Report on sanitation, dispensaries, and jails in Rajputana for 1917, and on vaccination for the year 1917-1918 - 1917-1918
Year: 1917
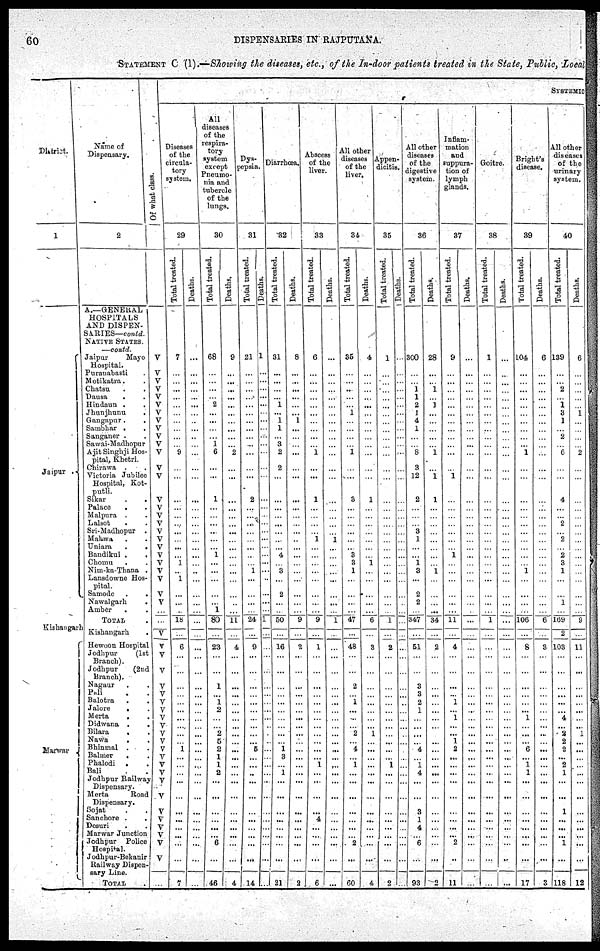
60
DISPENSARIES IN RAJPUTANA.
STATEMENT C (1).—Showing the diseases, etc., of the In-door patients treated in the State, Public, Local
District.
1
Jaipur .
Kishangarh
Marwar
Name of
Dispensary.
2
A.—GENERAL
HOSPITALS
AND DISPEN-
SARIES— contd.
NATIVE STATES
—contd
Jaipur
Mayo
Hospital.
Puranabasti .
Motikatra. .
Chatsu . .
Dausa . .
Hindaun . .
Jhunjhunu .
Gangnpur. .
Sambhar . .
Sanganer . .
Sawai-Madhopur
Ajit Singhji Hos-
pital, Khetri.
Chirawfa . .
Victoria Jubilee
Hospital, Kot¬
putli.
Sikar
. .
Palace . .
Malpura . .
Lalsot . .
Sri Madhopur .
Mahwa . .
Uniara
.
.
Bandikui . .
Chomu . .
Nim-ka-Thana .
Lansdowne Hos-
pital.
Samode . .
Nawalgarh .
Amber
. .
TOTAL .
Kishangarh .
Hewoon Hospital
Jodhpur
(1st
Branch).
Jodhpur
(2nd
Branch).
Nagaur . .
Pali
. .
Balotra . .
Jalore
. .
Merta . .
Didwana . .
Bilara . .
Nawa
. .
Bhinmal . .
Balmer . .
Phalodi
. .
Bali . .
Jodhpur Railway
Dispensary.
Merta
Road
Dispensary.
Sojat . .
Sanchore . .
Desuri . .
Merwar Junction
Jodhpur
Police
Hospital.
Jodhpur-Bekanir
Railway Dispen-
sary Line.
TOTAL .
Of what class.
V
V
V
V
V
V
V
V
V
V
V
V
V
V
V
V
V
V
V
V
V
V
V
V
V
V
V
...
...
V
V
V
V
V
V
V
V
V
V
V
V
V
V
V
V
V
V
V
V
V
V
V
V
...
SYSTEMIC
Diseases
of the
circula-
tory
system.
29
Total treated.
7
...
...
...
...
...
...
...
...
...
... 9
...
...
...
...
...
...
...
...
... ...
1
...
1
...
...
...
18
...
6
...
...
...
... ...
...
...
...
...
...
1
...
...
...
...
...
...
...
...
...
...
...
7
Deaths.
...
...
...
...
...
...
...
...
...
...
...
...
...
...
...
...
...
...
...
...
... ...
...
...
...
...
...
...
...
...
...
...
...
...
... ...
...
...
...
...
...
...
...
...
...
...
...
...
...
...
...
...
...
...
All
diseases
of the
respira¬
tory
system
except
Pneumo¬
nia and
tubercle
of the
lungs.
30
Total treated.
68
...
...
...
...
2
...
...
...
...
1
6
...
...
1
...
...
...
...
...
... 1
...
...
...
...
...
1
80
...
23
...
...
1
... 1
2
...
...
2
5
2
1
1
2
...
...
...
...
...
...
6
...
46
Deaths.
9
...
...
...
...
...
...
...
...
...
... 2
...
...
...
...
...
...
...
...
... ...
...
...
...
...
...
...
11
...
4
...
...
...
... ...
...
...
...
...
...
...
...
...
...
...
...
...
...
...
...
...
...
4
Dys¬
pepsia.
31
Total treated.
21
...
...
...
...
...
...
...
...
...
...
...
...
...
2
...
...
...
...
...
... ...
... 1
...
...
...
...
24
...
9
...
...
...
... ...
...
...
...
...
...
5
...
...
...
...
...
...
...
...
...
...
...
14
Deaths.
1
...
...
...
...
...
...
...
...
...
...
...
...
...
...
...
...
...
...
...
... ...
...
...
...
...
...
...
1
...
...
...
...
...
... ...
...
...
...
...
...
...
...
...
...
...
...
...
...
...
...
...
...
...
Disrrhœa.
32
Total treated.
31
...
...
...
...
1
...
1
1
...
3
2
2
...
...
...
...
...
...
...
... 4
... 3
...
2
...
...
50
...
16
...
...
...
... ...
...
...
...
...
...
1
3
...
1
...
...
...
...
...
...
...
...
21
Deaths.
8
...
...
...
...
...
...
1
...
...
...
...
...
...
...
...
...
...
...
...
... ...
...
...
...
...
...
...
9
...
2
...
...
...
... ...
...
...
...
...
...
...
...
...
...
...
...
...
...
...
...
...
...
2
Abscess
of the
liver.
33
Total treated.
6
...
...
...
...
...
...
...
...
...
... 1
...
...
1
...
...
...
...
1
... ...
...
...
...
...
...
...
9
...
1
...
...
...
... ...
...
...
...
...
...
...
... 1
...
...
...
...
4
...
...
...
...
6
Deaths.
...
...
...
...
...
...
...
...
...
...
...
...
...
...
...
...
...
...
...
1
... ...
...
...
...
...
...
...
1
...
...
...
...
...
... ...
...
...
...
...
...
...
...
...
...
...
...
...
...
...
...
...
...
...
All other
diseases
of the
liver.
34
Total treated.
35
...
...
...
...
... 1
...
...
...
... 1
...
...
3
...
...
...
...
...
... 3
3
1
...
...
...
...
47
...
48
...
...
2
... 1
...
...
...
2
...
4
... 1
...
...
...
...
...
...
...
2
...
60
Deaths.
4
...
...
...
...
...
...
...
...
...
...
...
...
...
1
...
...
...
...
...
... ...
1
...
...
...
...
...
6
...
3
...
...
...
... ...
...
...
...
1
...
...
...
...
...
...
...
...
...
...
...
...
...
4
Appen-
dicitis.
35
Total treated.
1
...
...
...
...
...
...
...
...
...
...
...
...
...
...
...
...
...
...
...
... ...
...
...
...
...
...
...
1
...
2
...
...
...
... ...
...
...
...
...
...
...
... 1
...
...
...
...
...
...
...
...
...
2
Deaths.
...
...
...
...
...
...
...
...
...
...
...
...
...
...
...
...
...
...
...
... ...
...
...
...
...
...
...
...
...
...
...
...
...
... ...
...
...
...
...
...
...
...
...
...
...
...
...
...
...
...
...
...
...
All other
diseases
of the
digestive
system
36
Total treated.
300
...
... 1
1
2
1
4
1
...
... 8
3
12
2
...
...
... 3
1
... ...
1
3
...
2
2
...
347
...
51
...
...
3
3
2
1
...
...
...
...
4
... 1
4
...
...
3
1
4
...
6
...
93
Deaths.
28
...
... 1
...
1
...
...
...
...
... 1
...
1
1
...
...
...
...
...
... ...
...
1
...
...
...
...
34
...
2
...
...
...
... ...
...
...
...
...
...
...
...
...
...
...
...
...
...
...
...
...
...
2
Inflam-
mation
and
suppura-
tion of
lymph
glands.
37
Total treated.
9
...
...
...
...
...
...
...
...
...
...
...
...
1
...
...
...
...
...
...
... 1
...
...
...
...
...
...
11
...
4
...
...
...
... 1
... 1
...
...
1
2
...
...
...
...
...
...
...
...
...
2
...
11
Deaths.
...
...
...
...
...
...
...
...
...
...
...
...
...
...
...
...
...
...
...
...
... ...
...
...
...
...
...
...
...
...
...
...
...
...
... ...
...
...
...
...
...
...
...
...
...
...
...
...
...
...
...
...
...
...
Goitre.
38
Total treated.
1
...
...
...
...
...
...
...
...
...
...
...
...
...
...
...
...
...
...
...
... ...
...
...
...
...
...
...
1
...
...
...
...
...
... ...
...
...
...
...
...
...
...
...
...
...
...
...
...
...
...
...
...
...
Deaths.
...
...
...
...
...
...
...
...
...
...
...
...
...
...
...
...
...
...
...
...
... ...
...
...
...
...
...
...
...
...
...
...
...
...
... ...
...
...
...
...
...
...
...
...
...
...
...
...
...
...
...
...
...
...
Bright's
disease.
39
Total treated.
104
...
...
...
...
...
...
...
...
...
... 1
...
...
...
...
...
...
...
...
... ...
... 1
...
...
...
...
106
...
8
...
...
...
... ...
...
1
...
...
...
6
... 1
1
...
...
...
...
...
...
...
...
17
Deaths.
6
...
...
...
...
...
...
...
...
...
...
...
...
...
...
...
...
...
...
...
... ...
...
...
...
...
...
...
6
...
3
...
...
...
... ...
...
...
...
...
...
...
...
...
...
...
...
...
...
...
...
...
...
2
All other
diseases
of the
urinary
system.
40
Total treated.
139
...
... 2
...
1
3
1
... 2
... 6
...
...
4
...
... 2
...
2
... 2
3
1
...
...
1
...
169
2
103
...
...
...
... ...
... 4
... 2
2
2
... 2
1
...
...
1
...
...
...
1
...
118
Deaths.
6
...
...
...
...
... 1
...
...
...
... 2
...
...
...
...
...
...
...
...
... ...
...
...
...
...
...
...
9
...
11
...
...
...
... ...
...
...
...
1
...
...
...
...
...
...
...
...
...
...
...
...
...
12